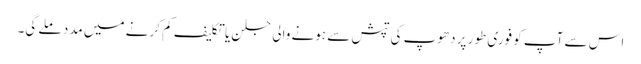
اس سے آپ کو فوری طور پر دھوپ کی تپش سے ہونے والی جلن یا تکلیف کم کرنے میں مدد ملے گی۔